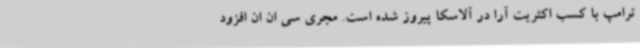
ترامپ با کسب اکثریت آرا در آلاسکا پیروز شده است. مجری سی ان ان افزود